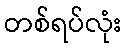
တစ်ရပ်လုံး